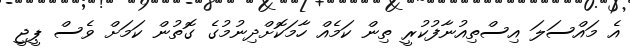
އެ މައްސަލަ އިސްތިއުނާފުކުރީ ތިން ކަމެއް ހާމަކޮށްދިނުމުގެ ގޮތުން ކަމަށް ވެސް ޕީޖީ